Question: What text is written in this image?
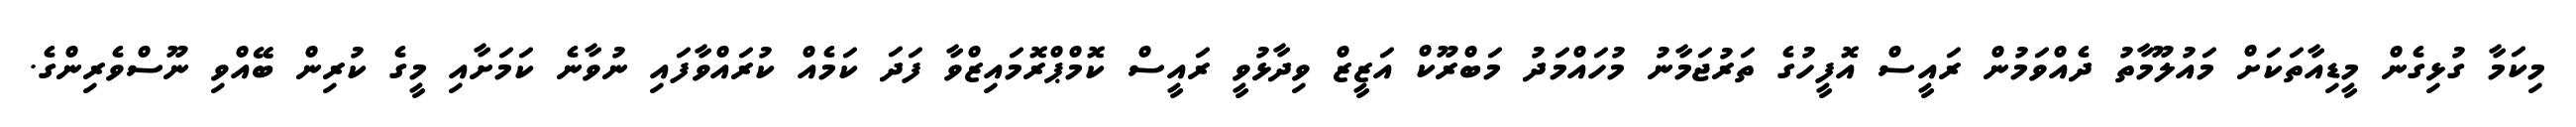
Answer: މިކަމާ ގުޅިގެން މީޑިއާތަކަށް މައުލޫމާތު ދެއްވަމުން ރައީސް އޮފީހުގެ ތަރުޖަމާނު މުހައްމަދު މަބްރޫކް އަޒީޒް ވިދާޅުވީ ރައީސް ކޮމްޕްރޮމައިޒްވާ ފަދަ ކަމެއް ކުރައްވާފައި ނުވާނެ ކަމަށާއި މީގެ ކުރިން ބޭއްވި ނޫސްވެރިންގެ.